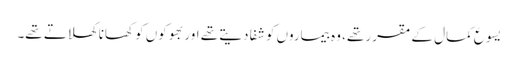
‏ یسوع کمال کے مقرر تھے،‏ وہ بیماروں کو شفا دیتے تھے اور بھوکوں کو کھانا کھلاتے تھے۔